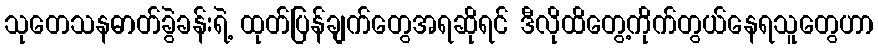
သုတေသနဓာတ်ခွဲခန်းရဲ့ ထုတ်ပြန်ချက်တွေအရဆိုရင် ဒီလိုထိတွေ့ကိုက်တွယ်နေရသူတွေဟာ